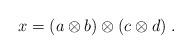
LaTeX: \begin{align*}x=(a\otimes b)\otimes (c\otimes d)\;.\end{align*}